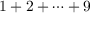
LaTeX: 1 + 2 + \dotsb + 9